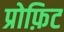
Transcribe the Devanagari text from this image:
प्रोफ़िट